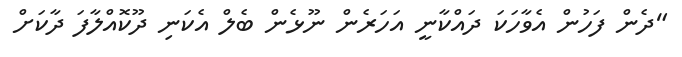
"ދެން ފަހުން އެވާހަކަ ދައްކާނީ އަހަރެން ނޫޅެން ބެލް އެކަނި ދޫކޮއްލާފަ ދާކަށް